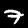
Digit: 7